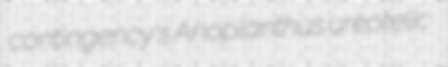
contingency's Anoplanthus ureotelic